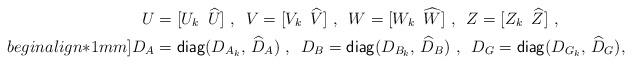
LaTeX: \begin{align*}U &= [U_k \ \, \widehat{U}]~, \ \, V = [V_k \ \, \widehat{V}]~,\ \, W = [W_k \ \, \widehat{W}]~, \ \, Z = [Z_k \ \, \widehat{Z}]~,\\begin{align*}1mm] D_A &= {\sf diag}( D_{A_k},\,\widehat D_A) ~,\ \, D_B = {\sf diag}(D_{B_k},\, \widehat D_B)~, \ \, D_G = {\sf diag}( D_{G_k}, \, \widehat D_G),\end{align*}